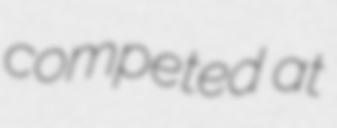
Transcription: competed at